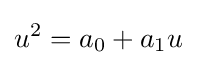
u^{2}=a_{0}+a_{1}u